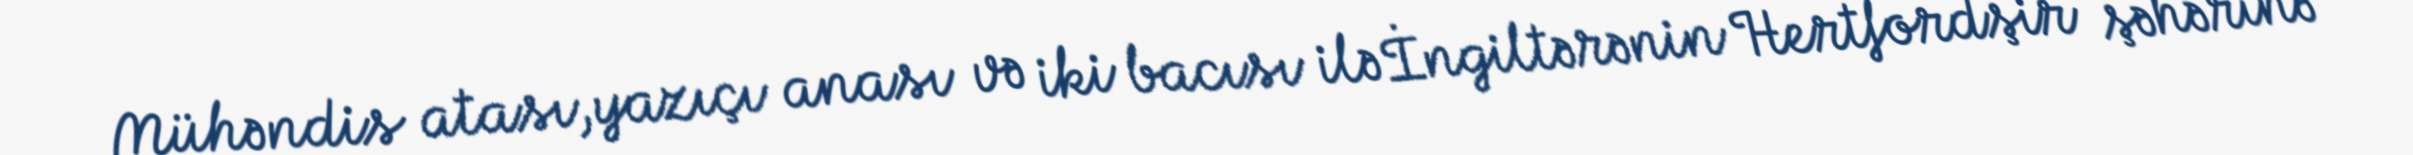
Mühəndis atası,yazıçı anası və iki bacısı ilə İngiltərənin Hertfordşir şəhərinə